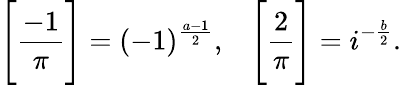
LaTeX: {\Bigg[}{\frac{-1}{\pi}}{\Bigg]}=(-1)^{\frac{a-1}{2}},\; \; \; {\Bigg[}{\frac{2}{\pi}}{\Bigg]}=i^{-{\frac{b}{2}}}.